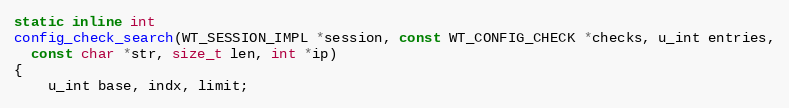
Language: C
static inline int
config_check_search(WT_SESSION_IMPL *session, const WT_CONFIG_CHECK *checks, u_int entries,
  const char *str, size_t len, int *ip)
{
    u_int base, indx, limit;